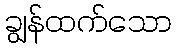
ချွန်ထက်သော